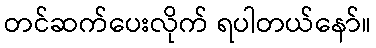
တင်ဆက်ပေးလိုက် ရပါတယ်နော်။